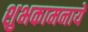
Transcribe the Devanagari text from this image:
शुभकामनायें